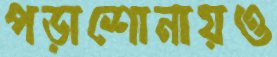
পড়াশোনায়ও